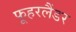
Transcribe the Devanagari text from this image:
फूहरलैंडर